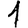
Digit: 1